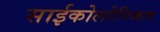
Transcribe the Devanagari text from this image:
साईकोलोगिकल